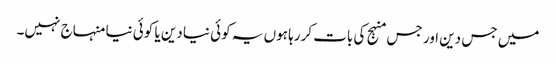
میں جس دین اور جس منہج کی بات کررہا ہوں یہ کوئی نیا دین یا کوئی نیا منہاج نہیں۔